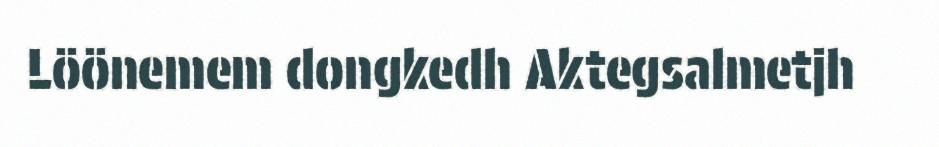
Löönemem dongkedh Aktegsalmetjh